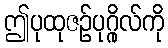
ဤပုထုဇဉ်ပုဂ္ဂိုလ်ကို